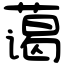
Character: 蔼